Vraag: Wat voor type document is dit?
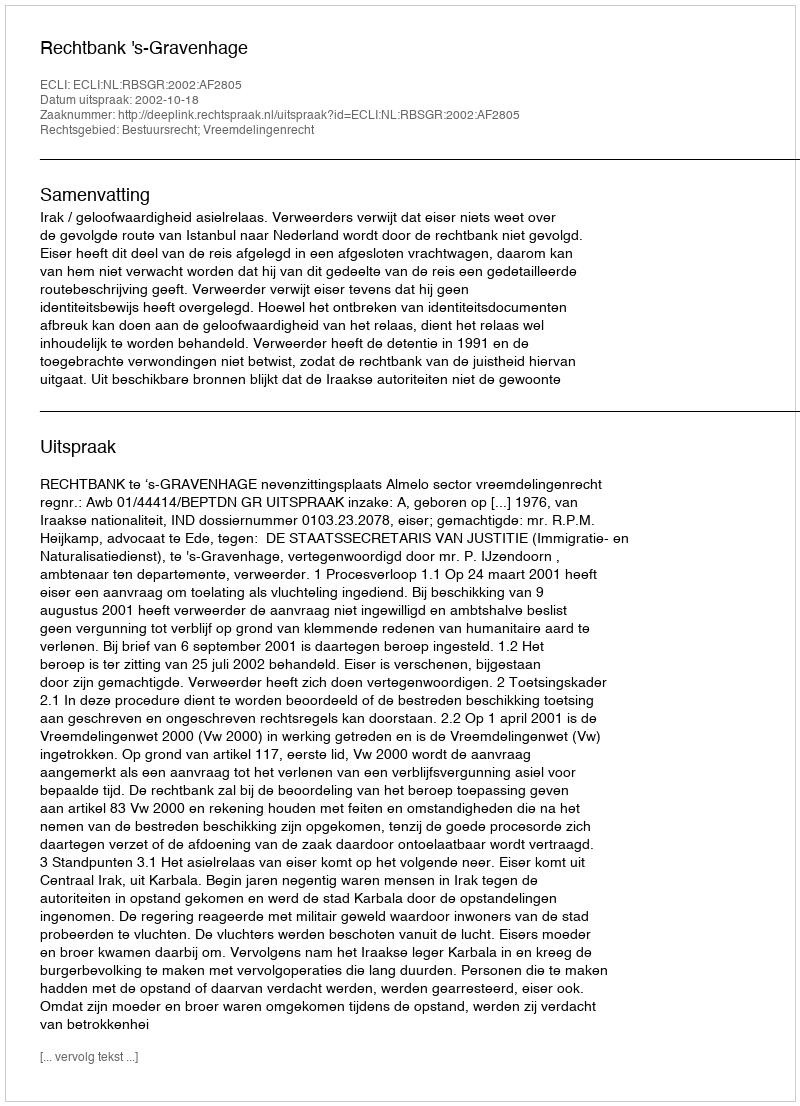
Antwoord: Uitspraak